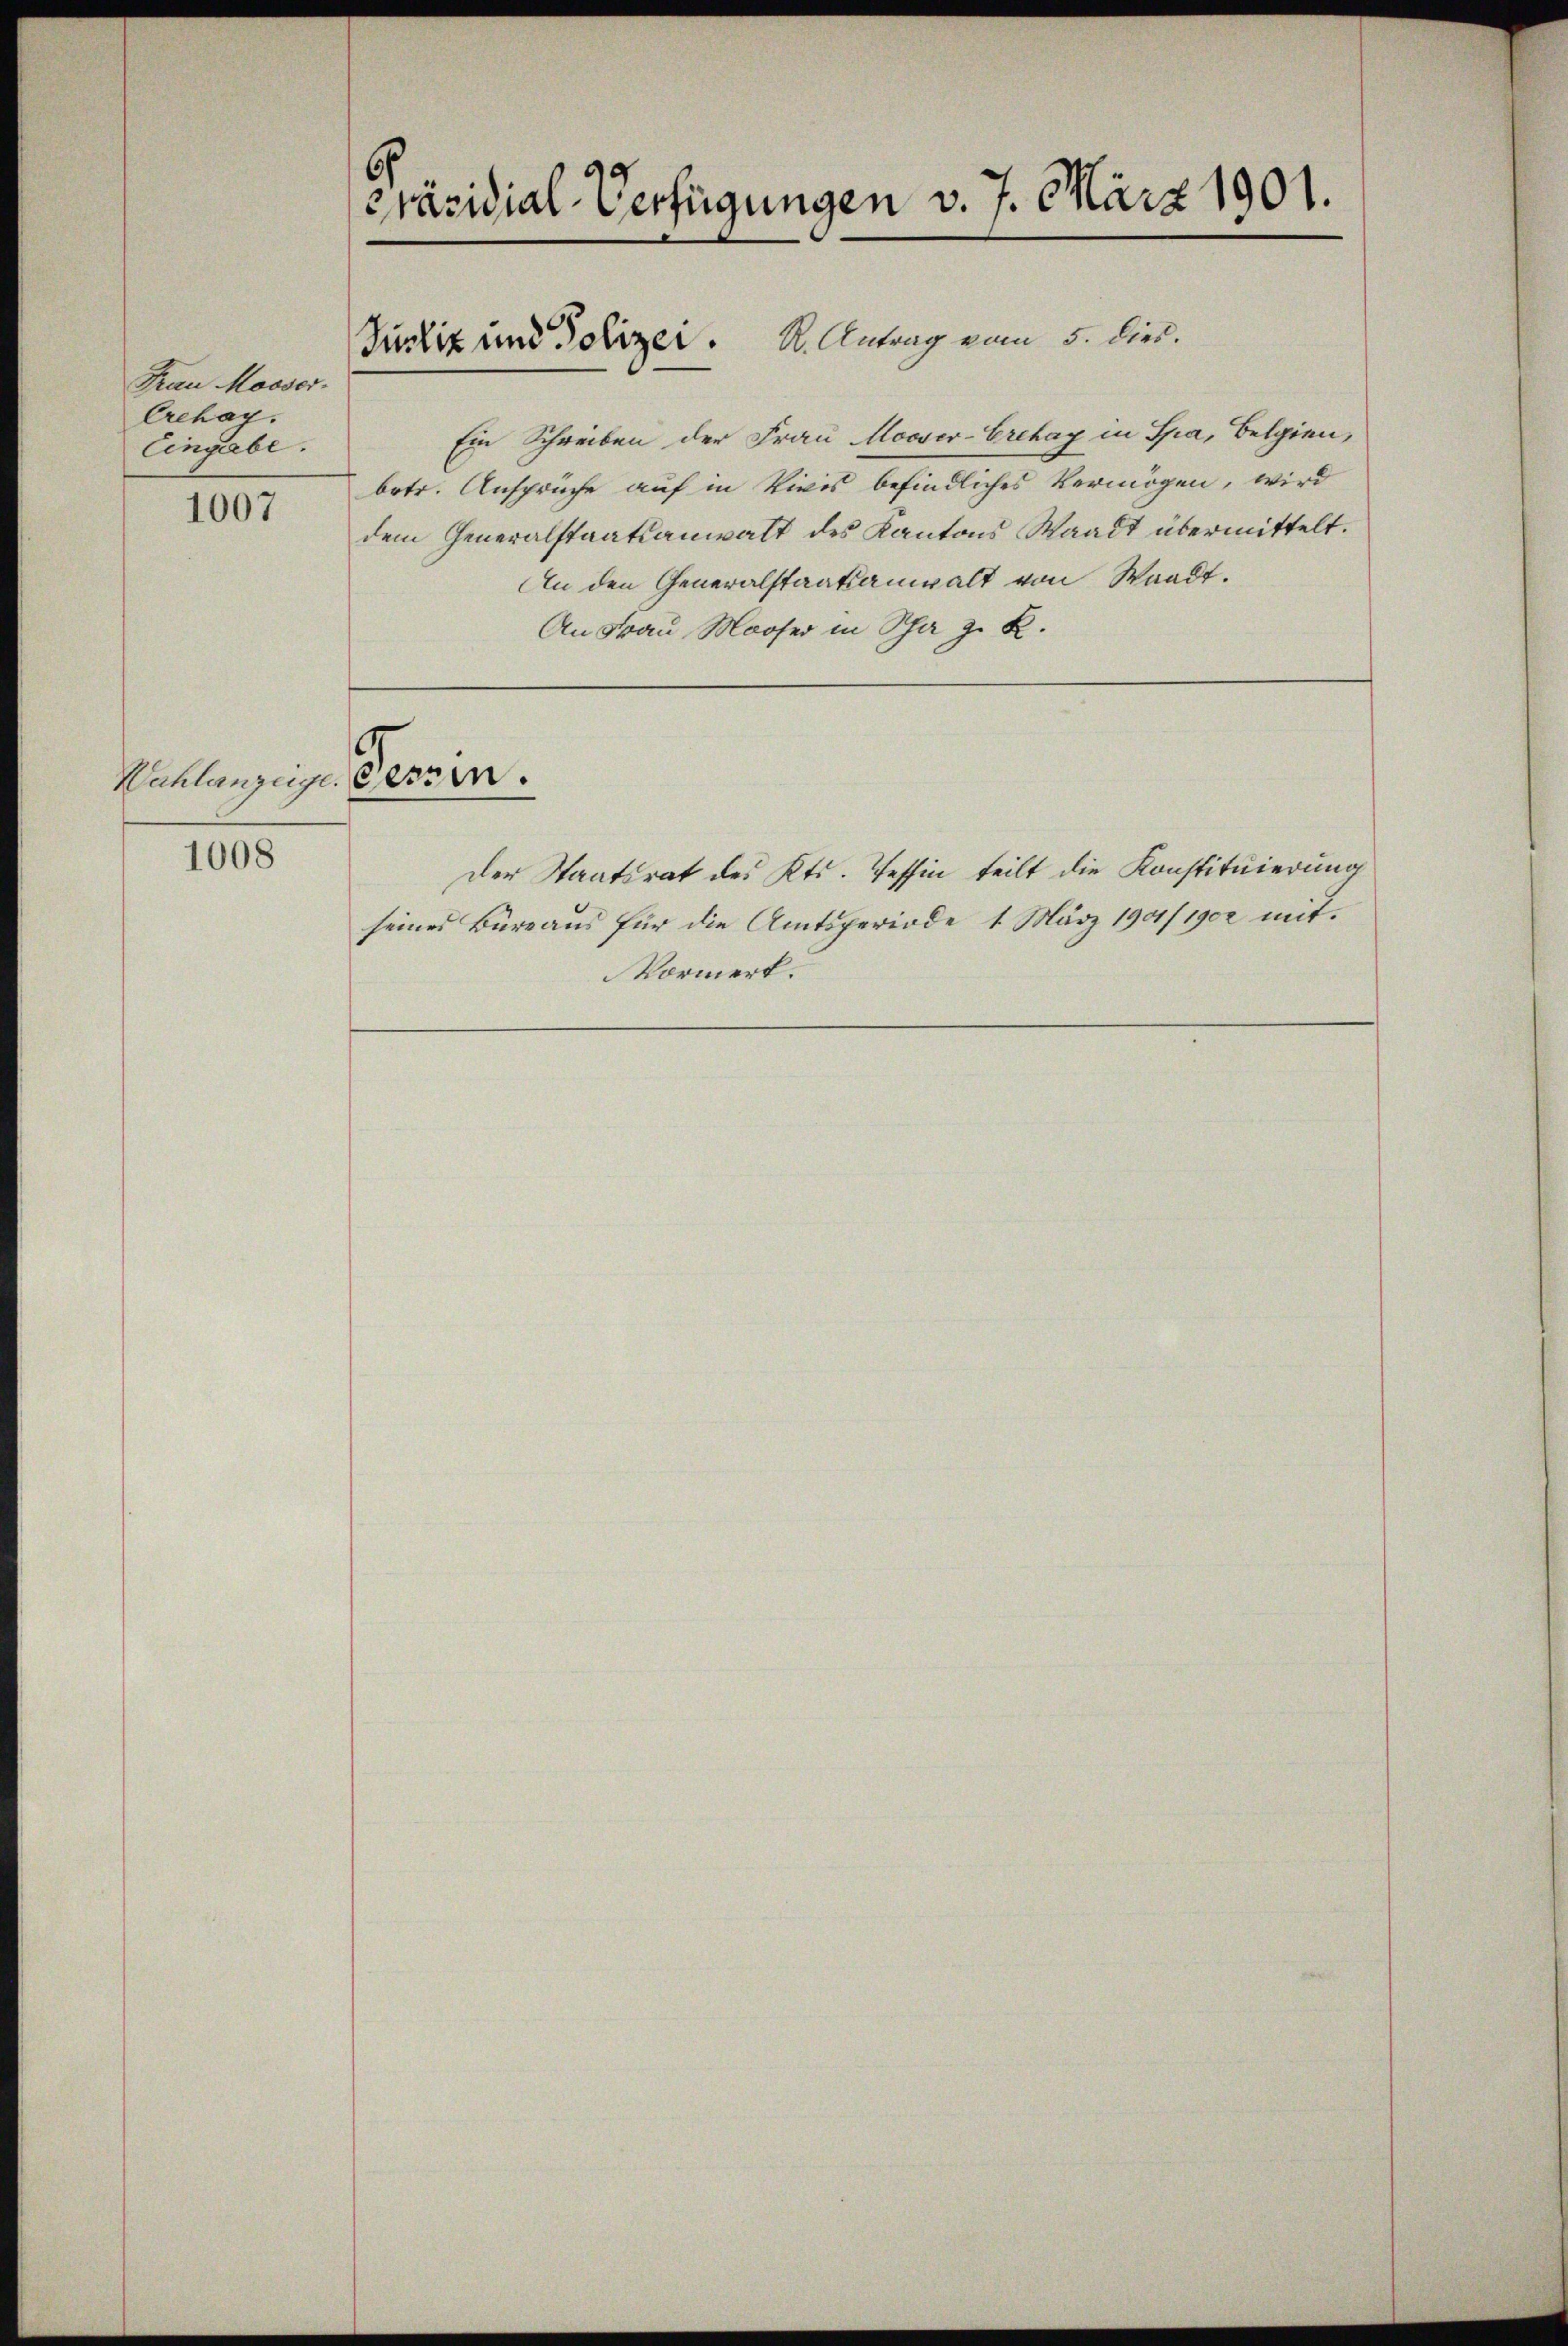
Frau Mooser-
Crehag.
Eingabe.

1007

Wahlanzüge. Tessin.

1008

Präsidial-Verfügungen v. 7. März 1901.

Justiz und Polizei. R. Antrag vom 5. dies.

Ein Schreiben der Frau Mooser-Crehay in Spa, Belgien,
betr. Ansprüche auf in Zivis befindliches Vermögen, wird
dem Generalstaatsanwalt des Kantons Waadt übermittelt.
An den Generalstaatsanwalt von Waadt.
An Frau Moser in Scha z. K.
g
Der Staatsrat des Kts. Tessin teilt die Konstituierung
seines Büreaus für die Amtsperiode 1. März 190/1902 mit¬
Vormerk.